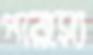
পারস্যে